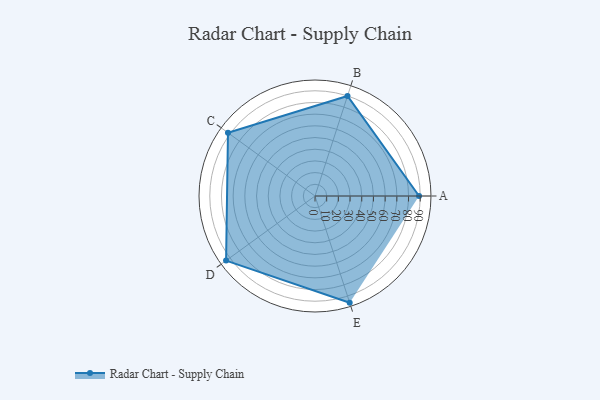
{"axis": {"x": "Skill", "y": "Score"}, "legend": ["Profile"], "data": [{"x": "A", "y": 89.0, "type": "Profile"}, {"x": "B", "y": 90.0, "type": "Profile"}, {"x": "C", "y": 92.0, "type": "Profile"}, {"x": "D", "y": 94.0, "type": "Profile"}, {"x": "E", "y": 96.0, "type": "Profile"}]}